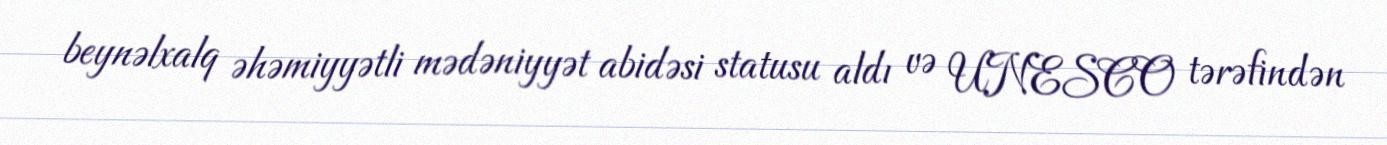
beynəlxalq əhəmiyyətli mədəniyyət abidəsi statusu aldı və UNESCO tərəfindən